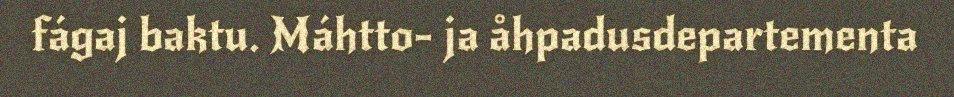
fágaj baktu. Máhtto- ja åhpadusdepartementa